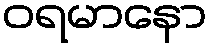
ဝရမာနော